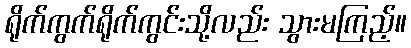
ရိုက်ကွက်ရိုက်ကွင်းသို့လည်း သွားမကြည့်။